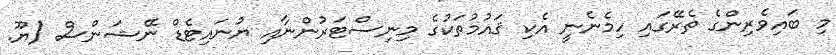
މި ބައިވެރިންގެ ތެރޭގައި ހިމެނެނީ އެކި ޤައުމުތަކުގެ މިނިސްޓަރުންނާއި ޔުނައިޓެޑް ނޭޝަންސް (ޔޫ.